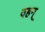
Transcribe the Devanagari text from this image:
वहन्